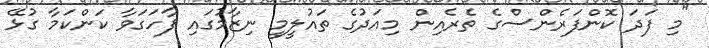
"މި ފަދަ ކޮންފަރެންސްގެ ތެރެއިން މިއަދުގެ ތައުލީމީ ނިޒާމުގައި ފާހަގަވާ ކަންކަމާ ގުޅޭ